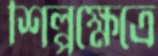
শিল্পক্ষেত্রে